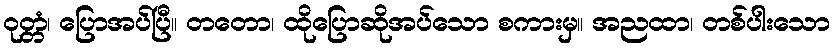
ဝုတ္တံ၊ ပြောအပ်ပြီ။ တတော၊ ထိုပြောဆိုအပ်သော စကားမှ။ အညထာ၊ တစ်ပါးသော